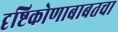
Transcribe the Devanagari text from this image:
दृष्टिकोणाबाबतचा